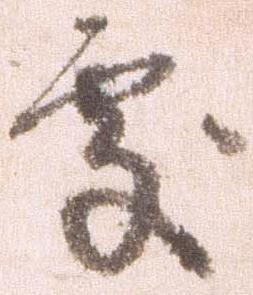
処